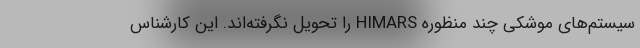
سیستم‌های موشکی چند منظوره HIMARS را تحویل نگرفته‌اند. این کارشناس